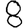
Digit: 8